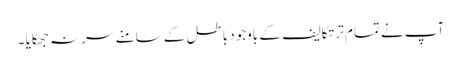
آپ نے تمام تر تکالیف کے باوجود باطل کے سامنے سر نہ جھکایا ۔